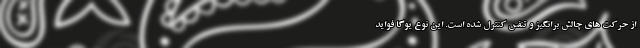
از حرکت های چالش برانگیز و تنفس کنترل شده است. این نوع یوگا فواید